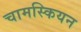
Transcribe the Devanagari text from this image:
चामस्कियन